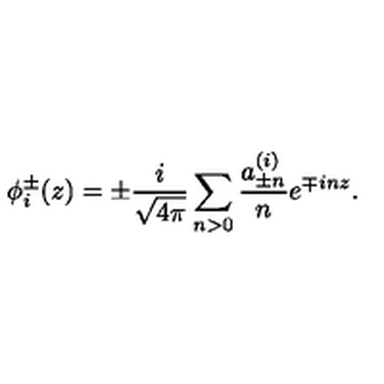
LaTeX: \phi _ { i } ^ { \pm } ( z ) = \pm \frac { i } { \sqrt { 4 \pi } } \sum _ { n > 0 } \frac { a _ { \pm n } ^ { ( i ) } } { n } e ^ { \mp i n z } .